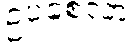
ဥပစေလာ